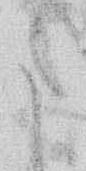
ま